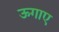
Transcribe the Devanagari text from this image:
ऊगाए